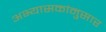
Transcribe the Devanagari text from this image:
अभ्यासकांनुसार